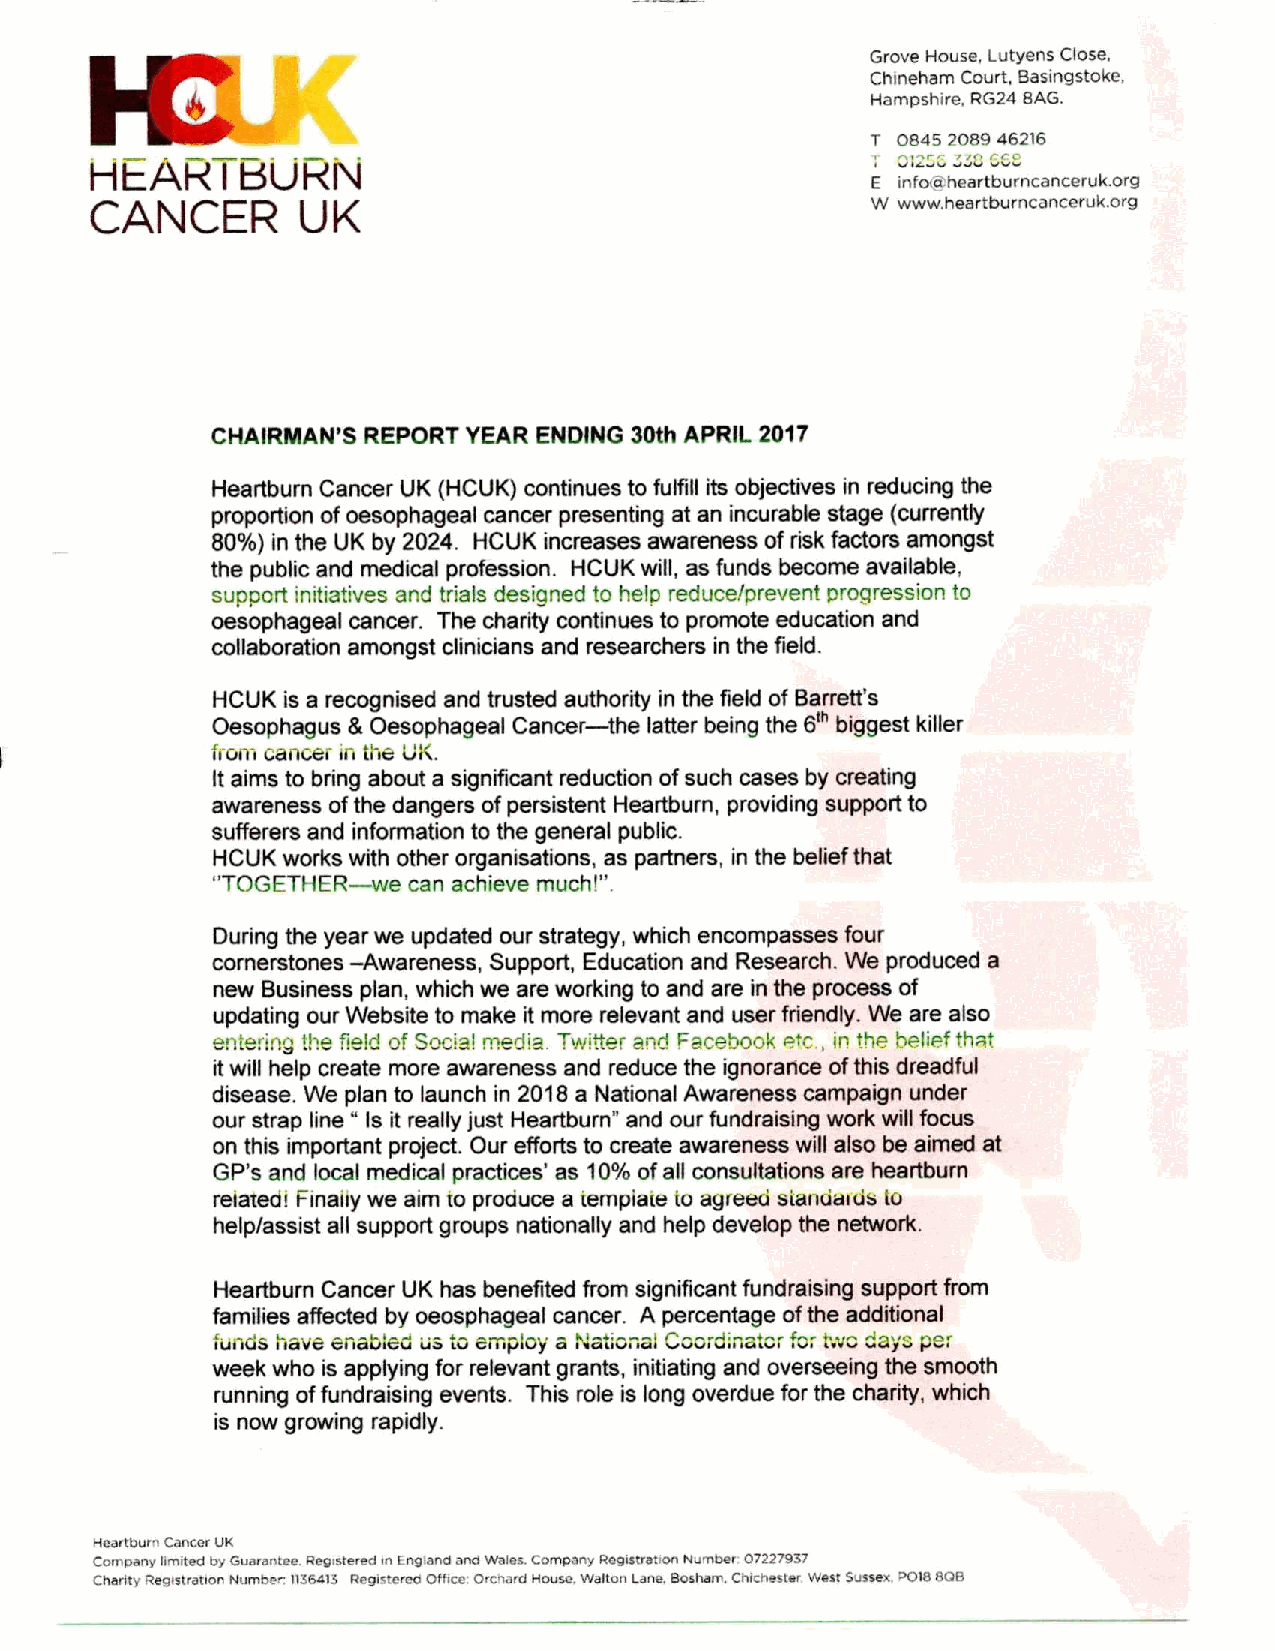
Grove House, Lutyens Close,
 Chineham Court, Basingstoke,
 Hampshire, RG24 8AG.
 7 0845 208946216
 6
 Ht=AH     tSUKN
 I                                          E inrotgsheartburncanceruk. org
 CANCER        UK                                    W www. heartburncanceruk. org
 CHAIRMAN'S REPORT YEAR ENDING 30th APRIL 2017
 Heartburn Cancer UK (HCUK) continues to fulfill its objectives in reducing the
 proportion ofoesophageal cancer presenting at an incurable stage (currently
 80ya) in the UK by 2024. HCUK increases awareness ofrisk factors amongst
 the public and medical profession. HCUK will, as funds become available,
 supccrt initiatives and trials designed to help reducelprevent progression to
 oesophageal cancer. The charity continues to promote education and
 cofiaboration amongst clinicians and researchers in the field.
 HCUK is a recognised and trusted aut—hority in the fiekl ofBarrett' s
 Oesophagus &Oesophageal Cancer the latter being the 6 biggest killer
 from cancer iri the UK.
 It aims to bring about a significant reduction ofsuch cases by creating
 awareness ofthe dangers ofpersistent Heartburn, providing support to
 sufferers and information to the general public.
 HCUK works w—ith other organisations, as partners, in the belief that
 "TOGETHER  we can achieve much!".
 During the year we updated our strategy, which encompasses four
 comerstones -Awareness, Support, Education and Research. We produced a
 new Business plan, which we are working to and are in the process of
 updating our Website to make it more relevant and user fnendly. We are also
 entering llse field of Scc!almed!a. Tw!Iter and Facebook etc. in the belief thnt
 ,
 itwill help create more awareness and reduce the ignorance ofthis dreadful
 disease. We plan to launch in 2018a National Awareness campaign under
 "
 our strap tine Is it really just Heartburn" and our fundraising work wiN focus
 on this important project. Our efforts to create awareness will also be aimed at
 GP's and local medical practices' as 10%ofafi consultations are heartburn
 reiated! Finaiiy we aim to produce a tempiaie to agreed standtstds Io
 help/assist afi support groups nationally and help devektp the network.
 Heartburn Cancer UK has benefited from significant fundraising support from
 families affected by oeosphageal cancer. A percentage ofthe addtfional
 funds have enabled us tc employ a ¹tional Coordinator for t.vc days per
 week who is applying for relevant grants, initiating and overseeing the smooth
 running offundraising events. This role is long overdue for the charity, which
 is now growing rapidly.
 Heartburn Cancer UK
 company limited by Guarantee. Registered in England and wales. company Registration Number 07227837
 chanty Registration Number 836413 Registered ofhce. orchard House. walton cane. aoshem. chlchestei wast sussex. nota 808